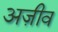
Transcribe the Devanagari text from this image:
अज़ीव